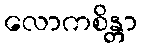
လောကစိန္တာ